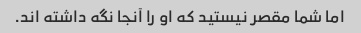
اما شما مقصر نیستید که او را آنجا نگه داشته اند.